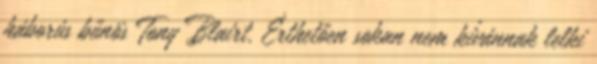
háborús bűnös Tony Blairt. Érthetően sokan nem kívánnak lelki